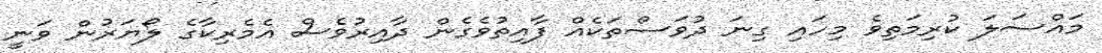
މައްސަލަ ކުރިމަތިވެ މިހައި ގިނަ ދުވަސްތަކެއް ފާއިތުވެގެން ދާއިރުވެސް އެމެރިކާގެ ލޯޔަރުން ވަނީ